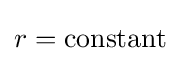
r={\text{constant}}